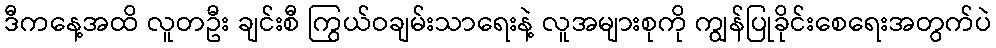
ဒီကနေ့အထိ လူတဦး ချင်းစီ ကြွယ်ဝချမ်းသာရေးနဲ့ လူအများစုကို ကျွန်ပြုခိုင်းစေရေးအတွက်ပဲ